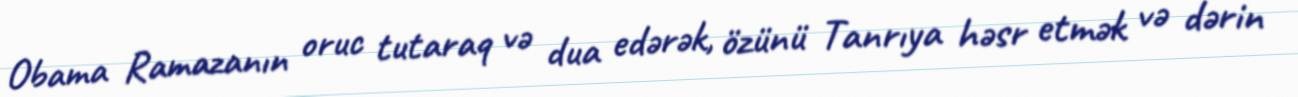
Obama Ramazanın oruc tutaraq və dua edərək, özünü Tanrıya həsr etmək və dərin